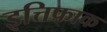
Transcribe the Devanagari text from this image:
इत्तिफाक